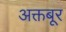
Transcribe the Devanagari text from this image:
अक्तबूर